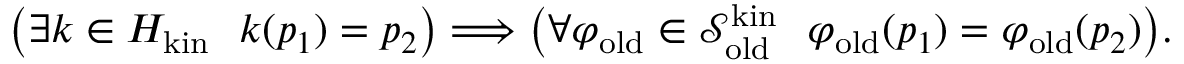
\begin{array} { r } { \big ( \exists k \in H _ { \mathrm { k i n } } \ \ k ( p _ { 1 } ) = p _ { 2 } \big ) \Longrightarrow \big ( \forall \varphi _ { \mathrm { o l d } } \in \mathcal { S } _ { \mathrm { o l d } } ^ { \mathrm { k i n } } \ \ \varphi _ { \mathrm { o l d } } ( p _ { 1 } ) = \varphi _ { \mathrm { o l d } } ( p _ { 2 } ) \big ) . } \end{array}